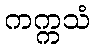
ကက္ကသံ